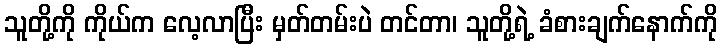
သူတို့ကို ကိုယ်က လေ့လာပြီး မှတ်တမ်းပဲ တင်တာ၊ သူတို့ရဲ့ ခံစားချက်နောက်ကို